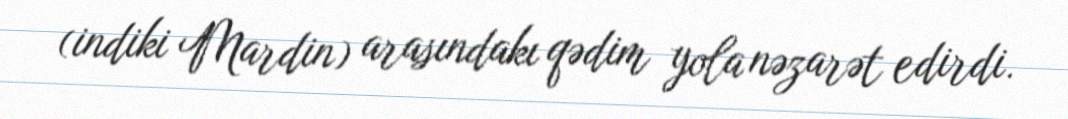
(indiki Mardin) arasındakı qədim yola nəzarət edirdi.